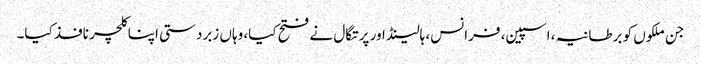
جن ملکوں کو برطانیہ، اسپین، فرانس، ہالینڈ اور پرتگال نے فتح کیا، وہاں زبردستی اپنا کلچر نافذ کیا۔